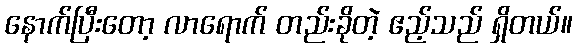
နောက်ပြီးတော့ လာရောက် တည်းခိုတဲ့ ဧည့်သည် ရှိတယ်။